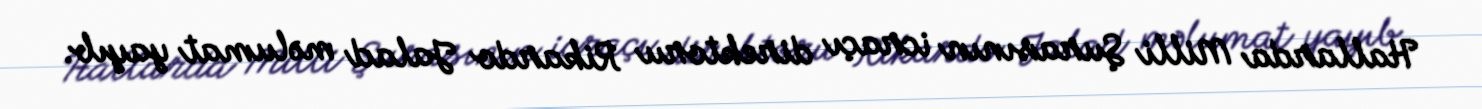
Hallarda Milli Şurasının icraçı direktoru Rikardo Jalad məlumat yayıb.